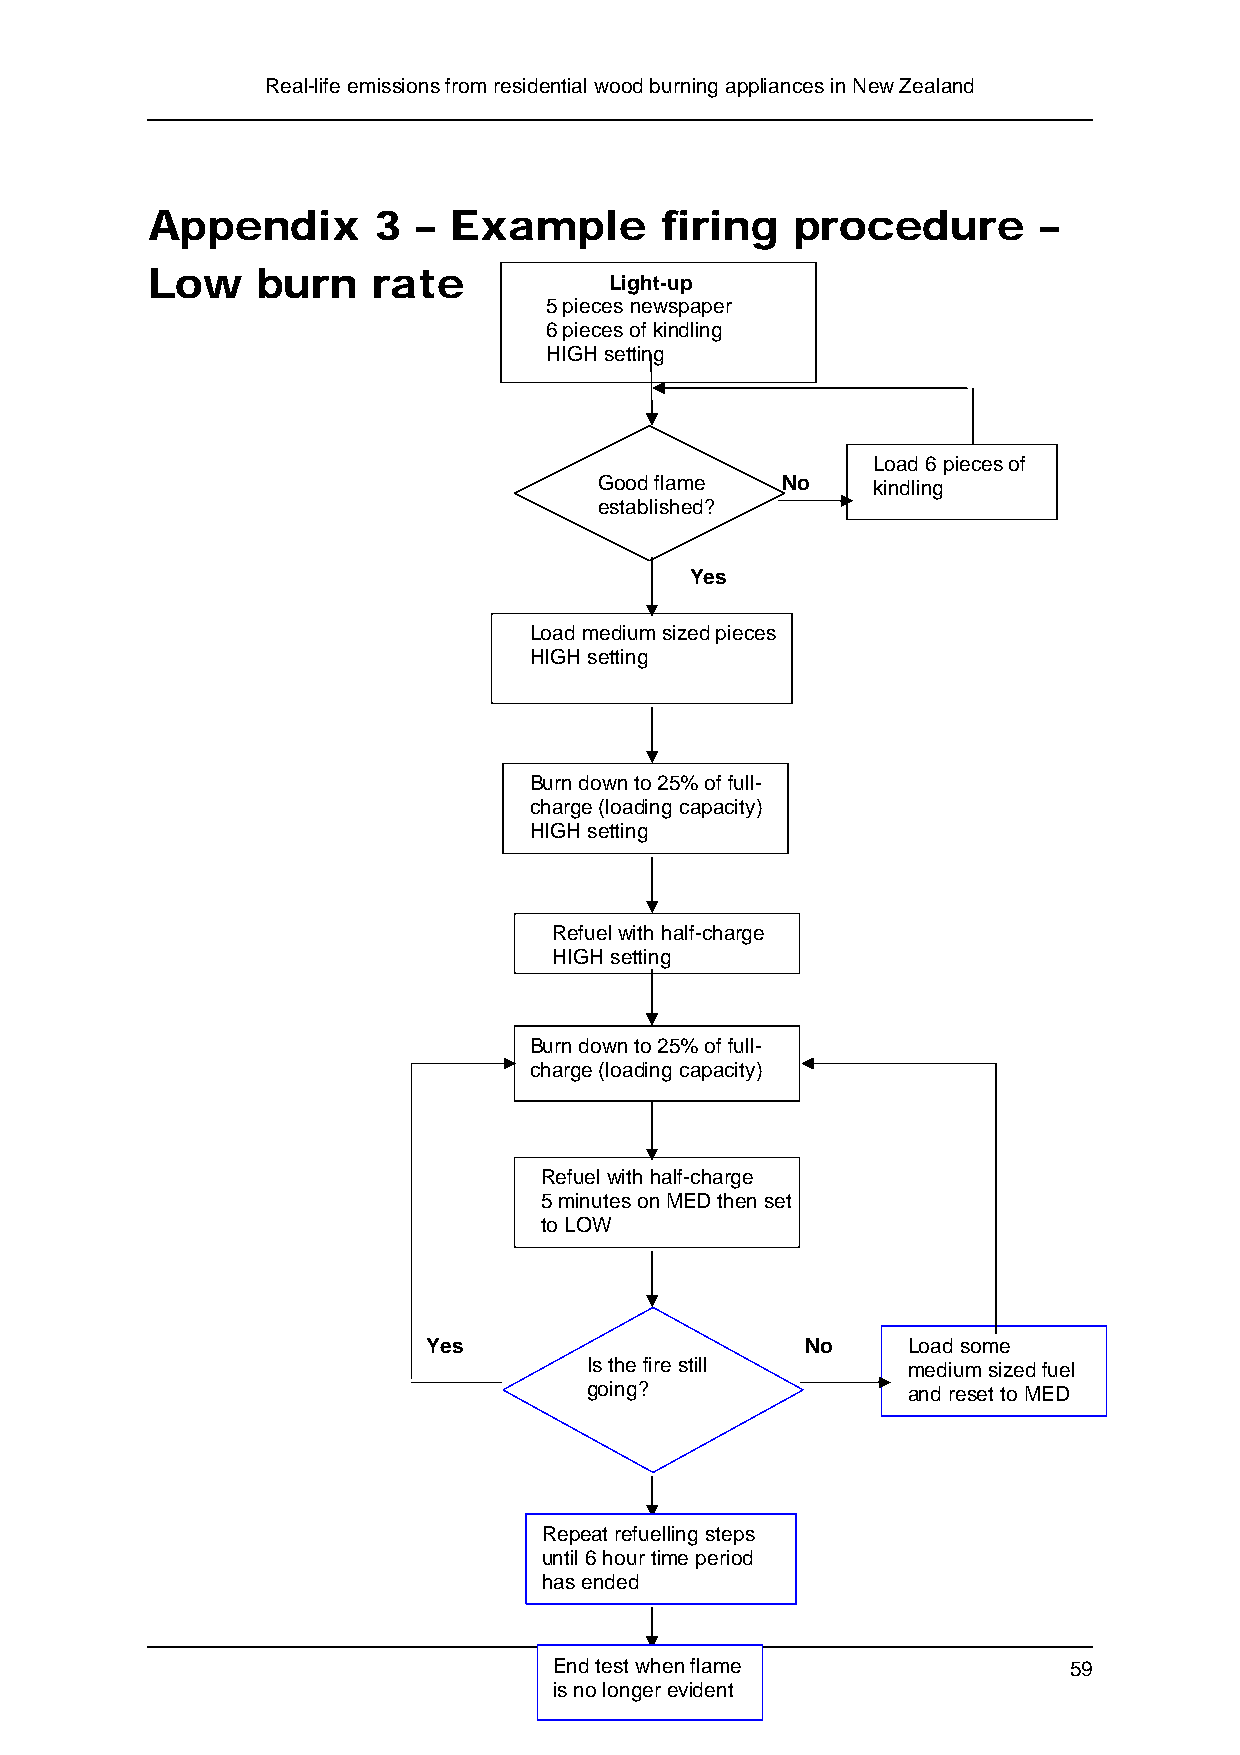
Real-life emissions from residential wood burning appliances in New Zealand
 Appendix       3  – Example       firing   procedure       –
 Low    burn    rate           Light-up
 5 pieces newspaper
 6 pieces of kindling
 HIGH setting
 Load 6 pieces of
 Good flame  No    kindling
 established?
 Yes
 Load medium sized pieces
 HIGH setting
 Burn down to 25% of full-
 charge (loading capacity)
 HIGH setting
 Refuel with half-charge
 HIGH setting
 Burn down to 25% of full-
 charge (loading capacity)
 Refuel with half-charge
 5 minutes on MED then set
 to LOW
 Yes                      No     Load some
 Is the fire still    medium sized fuel
 going?               and reset to MED
 Repeat refuelling steps
 until 6 hour time period
 has ended
 End test when flame               59
 is no longer evident